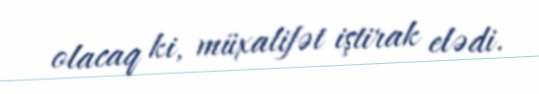
olacaq ki, müxalifət iştirak elədi.